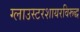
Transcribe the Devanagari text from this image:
ग्लाउस्टरशायरविरूद्ध